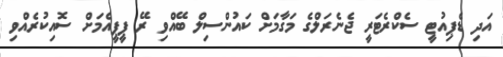
އަދި ޑެޕިއުޓީ ސެކްރެޓަރީ ޖެނެރަލްގެ މަގާމަށް ކައުންސިލް ބޭއްވި ރޭ ޕީޕީއެމަށް ސޮއިކުރެއްވި